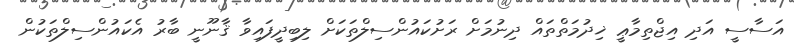
އަސާސީ އަދި އިޖްތިމާޢީ ޚިދުމަތްތައް ދިނުމަށް ރަށުކައުންސިލްތަކަށް ލިބިދީފައިވާ ޤާނޫނީ ބާރު އެކައުންސިލްތަކުން